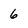
Character: 6